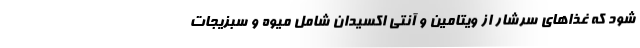
شود که غذاهای سرشار از ویتامین و آنتی اکسیدان شامل میوه و سبزیجات